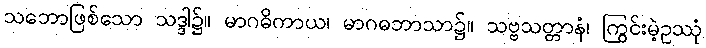
သဘောဖြစ်သော သဒ္ဒါ၌။ မာဂဓိကာယ၊ မာဂဓဘာသာ၌။ သဗ္ဗသတ္တာနံ၊ ကြွင်းမဲ့ဥဿုံ